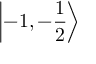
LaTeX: \left| - 1 , - { \frac { 1 } { 2 } } \right\rangle